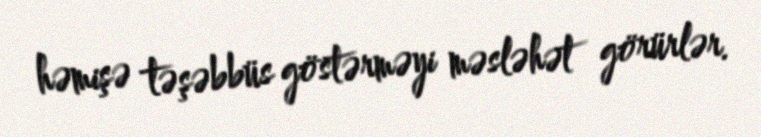
həmişə təşəbbüs göstərməyi məsləhət görürlər.